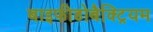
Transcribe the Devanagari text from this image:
बाइफीडोबैक्ट्रियम